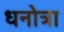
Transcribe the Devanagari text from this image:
धनोत्रा